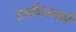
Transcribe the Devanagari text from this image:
डार्कवर्क्स